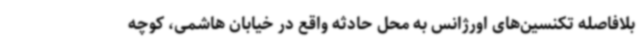
بلافاصله تکنسین‌های اورژانس به محل حادثه واقع در خیابان هاشمی، کوچه